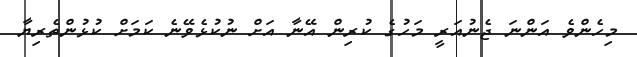
މިހެންވެ އަންނަ ޖެނުއަރީ މަހުގެ ކުރިން އޭނާ އަށް ނުކުޅެވޭނެ ކަމަށް ކުޅުންތެރިޔާ